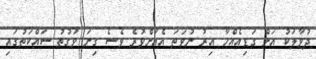
ދުވާލަކު އަށް ގަޑިއެއްހާ އިރު ނުވަތަ އެއަށްވުރެ ވެސެ ގިނަ ވަގުތު ސައްކަތުގައި